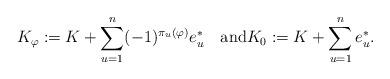
LaTeX: \begin{align*}K_\varphi:=K+\sum_{u=1}^n (-1)^{\pi_u(\varphi)}e_u^*\quad\hbox{and}K_0:=K+\sum_{u=1}^n e_u^*.\end{align*}